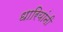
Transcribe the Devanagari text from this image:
धारियांनी